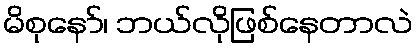
မိစုနော်၊ ဘယ်လိုဖြစ်နေတာလဲ